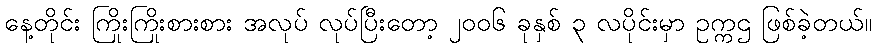
နေ့တိုင်း ကြိုးကြိုးစားစား အလုပ် လုပ်ပြီးတော့ ၂၀၀၆ ခုနှစ် ၃ လပိုင်းမှာ ဥက္ကဌ ဖြစ်ခဲ့တယ်။